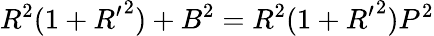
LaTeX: R^{2}(1+{R^{\prime}}^{2})+B^{2}=R^{2}(1+{R^{\prime}}^{2})P^{2}